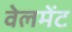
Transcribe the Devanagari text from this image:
वेलमेंट